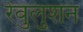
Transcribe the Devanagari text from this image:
रेवुलुशन